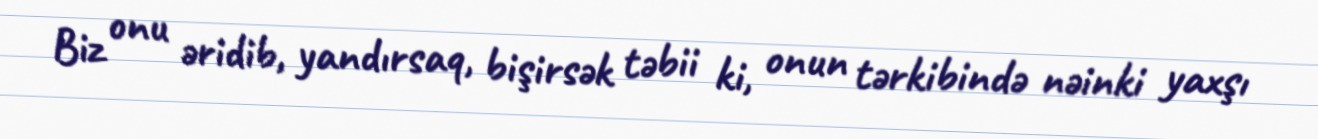
Biz onu əridib, yandırsaq, bişirsək təbii ki, onun tərkibində nəinki yaxşı